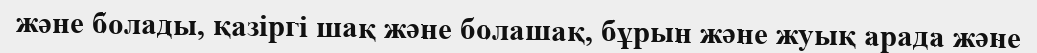
және болады, қазіргі шақ және болашақ, бұрын және жуық арада және